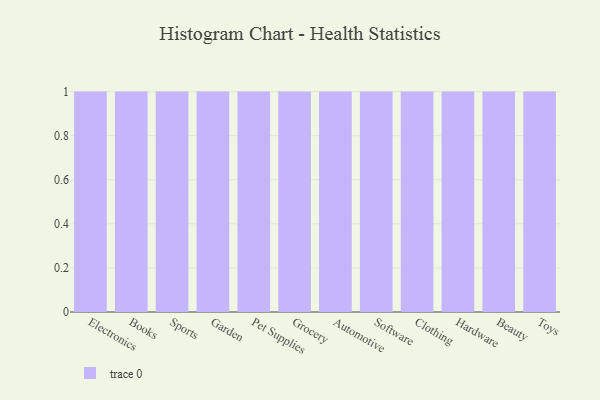
{"axis": {"x": "Category", "y": "Revenue (USD Million)"}, "legend": [""], "data": [{"x": "Electronics", "y": 74, "type": ""}, {"x": "Books", "y": 10, "type": ""}, {"x": "Sports", "y": 64, "type": ""}, {"x": "Garden", "y": 91, "type": ""}, {"x": "Pet Supplies", "y": 50, "type": ""}, {"x": "Grocery", "y": 8, "type": ""}, {"x": "Automotive", "y": 94, "type": ""}, {"x": "Software", "y": 72, "type": ""}, {"x": "Clothing", "y": 46, "type": ""}, {"x": "Hardware", "y": 68, "type": ""}, {"x": "Beauty", "y": 45, "type": ""}, {"x": "Toys", "y": 36, "type": ""}]}